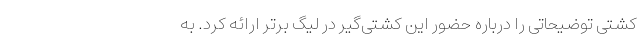
کشتی توضیحاتی را درباره حضور این کشتی‌گیر در لیگ برتر ارائه کرد. به